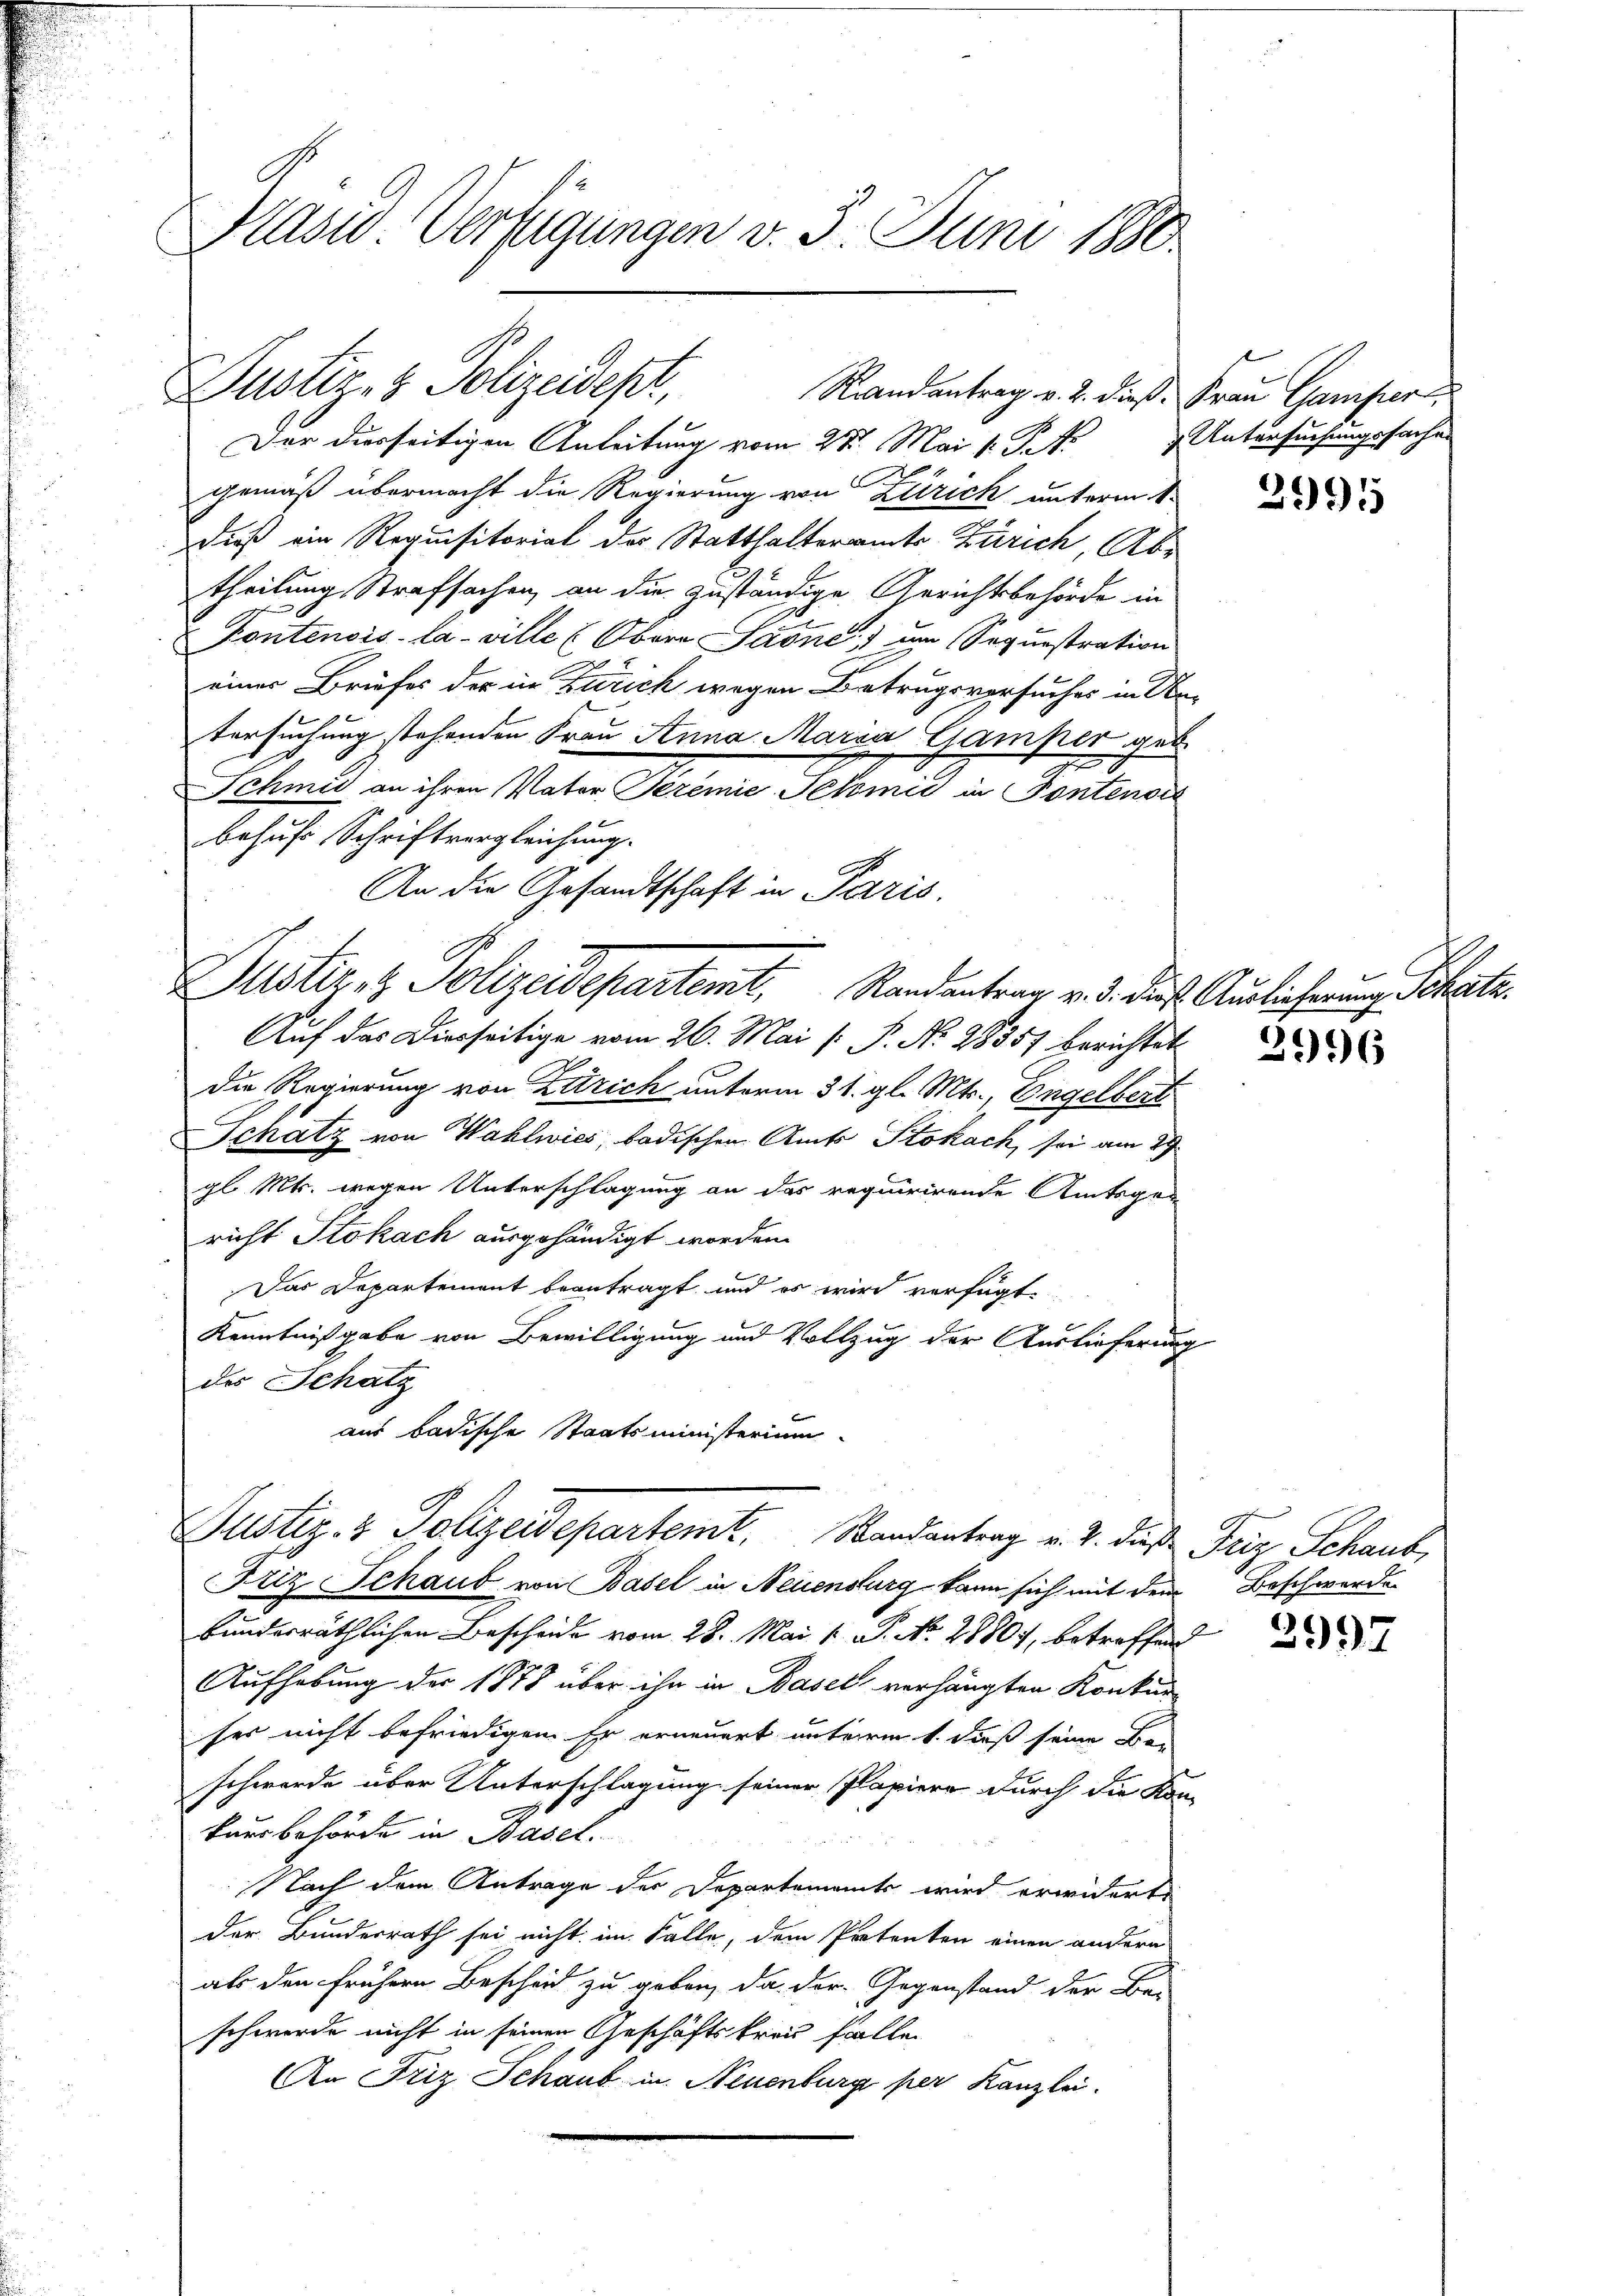
Pasid. Verfügungen v. 3. Juni 1880

gemäß übermacht die Regierung von Zürich unterm 1.
dieß ein Requisitorial der Statthalteramts Zürich, Ab-
theilung Strafsachen, an die zuständige Gerichtsbehörde in
Kontensis-La-ville (Obern Saone) um Sequestration
einer Briefes der in Zürich wegen Betrugsversuches in An-
tersuchung stehenden Frau Anna Maria Gamper geb.
Schmid an ihren Vater Seremie-Petenić in Pontensis
behufs Schriftvergleichung.
An die Gesandtschaft in Paris.

Dustiz- & Polizeidepr
Randantrag v. 2. dieß. Frau Camper
Der diesseitigen Anleitung vom 27. Mai v. J.

Puster z. Polizeidepartemt. Randantrag v. 3. die Auslicherung

Auf das Dierseitige vom 26. Mai [ P. N. 28557 berichtet
Die Regierung von Zutrich unterm 31. gl. Mts., Engelbert
Schatz von Wahlwies, badischen Amts Stokach, sei am 29.
gl. Mts. wegen Unterschlagung an das requirirende Amtsgericht Stokach ausgehändigt worden.
Das Departement beantragt, und es wird verfügt
Kenntnißgabe von Bewilligung und Vollzug der Auslieferung
des Schatz
aus badische Staatsministerium

Justiz- & Polizeidepartent. Randantrag v. 2. das Friz Schaus,

Untersuchungssachen

Friz Schaub von Basel in Neuenburg kann sich mit dem Beschwerde
bundesräthlichen Bescheide vom 28. Mai l. S. No. 2880, betreffend
Aufhebung der 1878 über ihn in Basel verhängten Konkur-
her nicht befriedigen. Er erneuert unterm 1. dieß seine Ban
schwerde über Unterschlagung seiner Papiere durch die Kon-
kursbehörde in Basel.
Nach dem Antrage der Departements wird erwiderte
der Bundesrath sei nicht im Falle, dem Patenten einen andern
als den frühern Bescheid zu geben, da der Gegenstand der Ba
schwerde nicht in seinen Geschäftstreu falle
An Friz Schaub in Neuenburg per Kanzlei.

2995

3996

2997